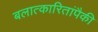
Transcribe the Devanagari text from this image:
बलात्‍कारितांपैकी